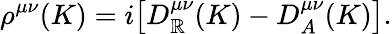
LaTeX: \rho^{\mu\nu}(K)=i\big[D_{\mathbb{R}}^{\mu\nu}(K)-D_{A}^{\mu\nu}(K)\big].